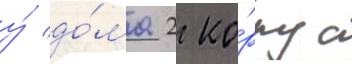
у́ до́ма 2 ко́рпус